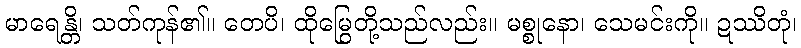
မာရေန္တိ၊ သတ်ကုန်၏။ တေပိ၊ ထိုမြွေတို့သည်လည်း။ မစ္စုနော၊ သေမင်းကို။ ဍဿိတုံ၊